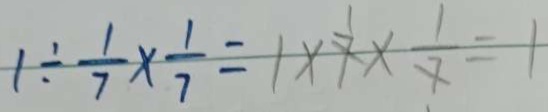
1 \div \frac { 1 } { 7 } \times \frac { 1 } { 7 } = 1 \times 7 \times \frac { 1 } { 7 } = 1